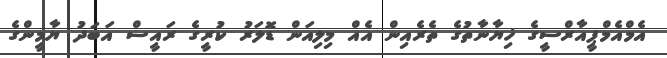
އެމްއެމްޕީއާރްސީގެ ޚިޔާނާތުގެ ތެރެއިން އެއް މިލިއަން ޑޮލަރު ކުރީގެ ރައީސް އަބަދު ޔާމީންގެ